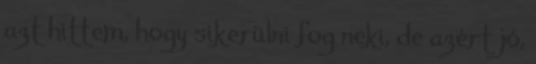
azt hittem, hogy sikerülni fog neki, de azért jó,